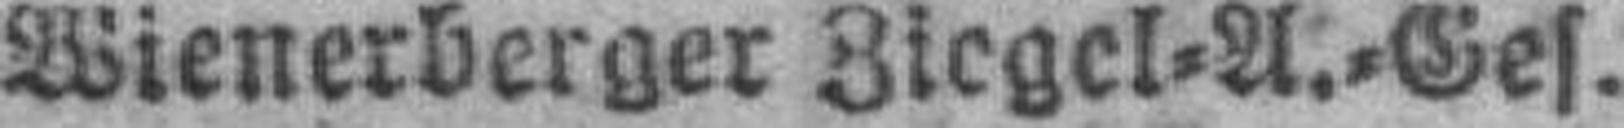
Wienerberger Ziegel=A.=Ges.